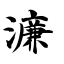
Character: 濂